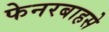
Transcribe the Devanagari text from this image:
फेनरबाहसे